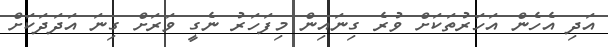
އަދި އެހެން އަހަރުތަކަށް ވުރެ ގިނައިން މިފަހަރު ނެގީ ވަރަށް ގިނަ އަދަދަކަށް